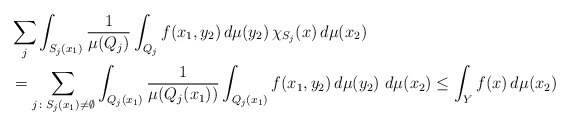
\begin{align*}&\sum_j\int_{S_j(x_1)}\frac{1}{\mu(Q_{j})}\int_{Q_{j}}f(x_1,y_2)\,d\mu(y_2)\,\chi_{S_j}(x)\,d\mu(x_2)\\&=\sum_{j\colon S_j(x_1)\neq \emptyset}\int_{Q_j(x_1)}\frac{1}{\mu(Q_{j}(x_1))}\int_{Q_{j}(x_1)}f(x_1,y_2)\,d\mu(y_2)\,\,d\mu(x_2)\leq \int_Y f(x)\,d\mu(x_2)\end{align*}